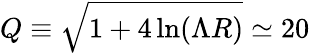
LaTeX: Q\equiv\sqrt{1+4\ln(\Lambda R)}\simeq 20